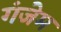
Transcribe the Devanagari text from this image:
गंजेम